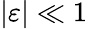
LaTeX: |\varepsilon|\ll 1